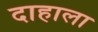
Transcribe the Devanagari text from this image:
दाहाला